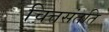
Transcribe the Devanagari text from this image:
चित्तसंतति